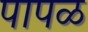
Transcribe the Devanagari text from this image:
पापळ